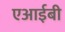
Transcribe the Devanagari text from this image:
एआईबी